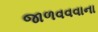
જાળવવવાના